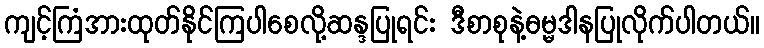
ကျင့်ကြံအားထုတ်နိုင်ကြပါစေလို့ဆန္ဒပြုရင်း ဒီစာစုနဲ့ဓမ္မဒါနပြုလိုက်ပါတယ်။